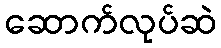
ဆောက်လုပ်ဆဲ